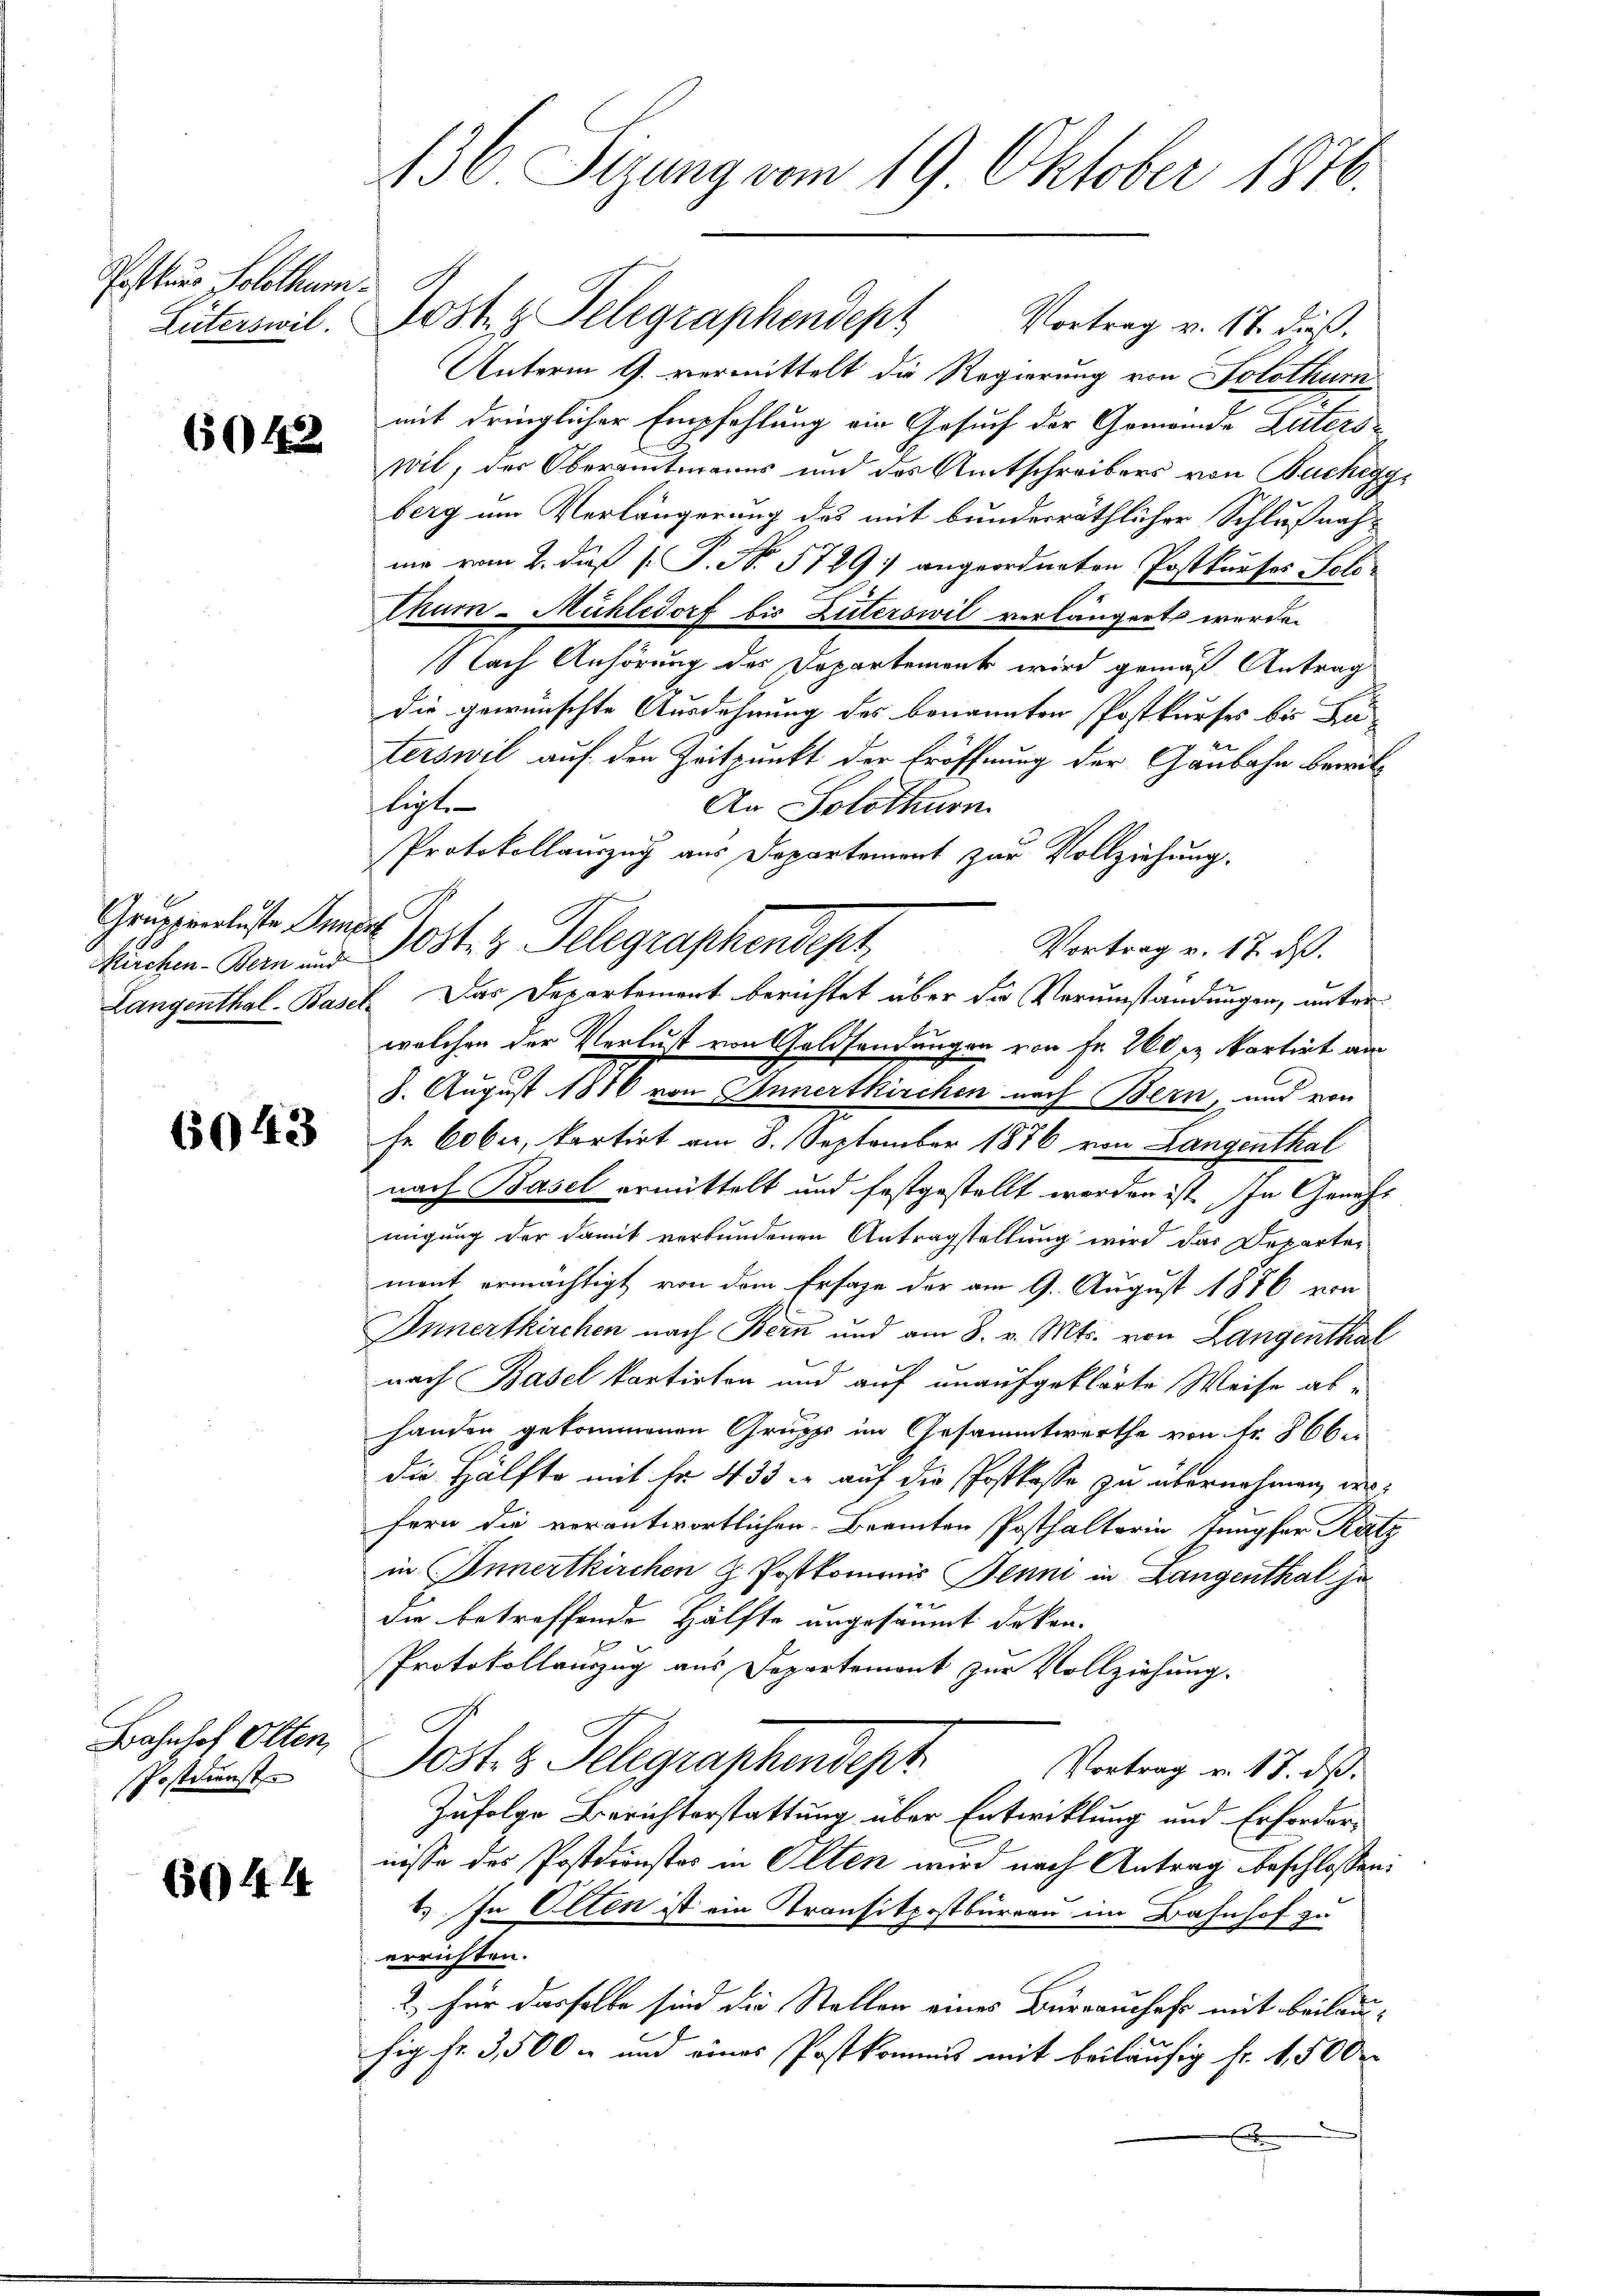
Posthums Solothur.

6042

Kirchen-Bern und

6043

Bahnhof Olten,
Postdienst

6044

136 Sizung vom 19 Oktober 1876.

Lüterswil. Post z. Telegraphendepr
Vortrag v. 17. dieß.
Unterm 9. vermittelt die Regierung von Solothurn
mit dringlicher Empfehlung ein Gesuch der Gemeinde Laters
wil, der Oberamtmanns und des Amtschreibers von Buchegg,
berg um Verlängerung des mit bunderräthlicher Schlußnahme vom 2. daß [ P. No. 5789) angeordneten Postkurses Foli-
Thum-Mühledorf bis Zuterswil verlängert werde.
Nach Anhörung des Departement wird gemäß Antrag
die gewünschte Ausdehnung des benannten Postkurses bis Zux
terswil auf den Zeitpunkt der Eröffnung der Ganbahn bewilligt.
An Solothurn
Protokollauszug aus Departement zur Vollziehung.
Gruppenluste Gener Post 3 Telegraphendest
Vortrag v. 17. ds.
Langenthal-Basel. Das Departement berichtet über die Verumständungen, unter
welchen der Verlust von Goldsendungen von Fr. 200 er kartet am
8. August 1876 von Innertkirchen nach Bern, und von
|
fe 60 ber, kartirt am 8. September 1876 von Langenthal
nach Basel ermittelt und festgestellt worden ist. In Genehmigung der damit verbundenen Antragstellung wird das Departer
ment ermächtigt von dem Erfage der am 9. August 1876 von
Innertkirchen nach Bern und am 8. v. Mts. von Langenthal
nach Basel kantirten und auf unaufgeklärte Weise abhanden gekommenen Gruppe im Gesammtwerthe von Fr. 866 e
die Hälfte mit Fr. 433 er auf die Postkasse zu übernehmen, wo
fern die verantwortlichen Beamten Posthalterin, Jungfer Katz
in Innertkirchen z. Postkommis Benni in Langenthal ha
4
die betreffende Hälfte angesäumt deken.
Protokollauszug aus Departemont zur Vollziehung.
Jost z. Telegraphendept
Vortrag v. 18. ds.
Zufolge Berichterstattung über Entwicklung und Erfordernisse des Postdienstos in Olten wird nach Antrag beschlossen:
1.) In Olten ist ein Transitpostbüreau im Bahnhof zu
errichten.
2. für dasselbe sind die Stellen eines Büreauschaft mit Beilaufig fr. 3,500 - und eines Postkommis mit beiläufig fr. 1,500 r
E